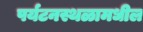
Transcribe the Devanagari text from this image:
पर्यटनस्थळामधील